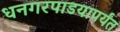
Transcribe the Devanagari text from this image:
धनगरपाडयापर्यंत